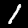
Digit: 1